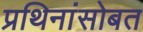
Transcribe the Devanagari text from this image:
प्रथिनांसोबत